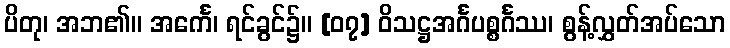
ပိတု၊ အဘ၏။ အင်္ကေ၊ ရင်ခွင်၌။ [၀၇] ဝိသဋ္ဌအင်္ဂပစ္စင်္ဂဿ၊ စွန့်လွှတ်အပ်သော